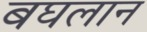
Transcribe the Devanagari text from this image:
बघलान